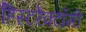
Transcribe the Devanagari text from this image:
हिस्टरेक्टॉमी